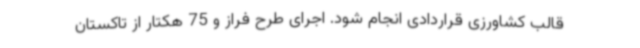
قالب کشاورزی قراردادی انجام شود. اجرای طرح فراز و 75 هکتار از تاکستان